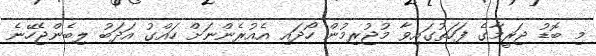
މި ބޮޑު ޖަރީމާގެ ފަހަތުގައިވާ މުޖުރިމުން ހޯދައި އެއުރެންނަށް ހައްގު އަދަބު ލިބެންޖެހޭނެ